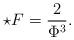
LaTeX: \begin{align*}\star F=\frac{2}{\Phi ^{3}}. \end{align*}